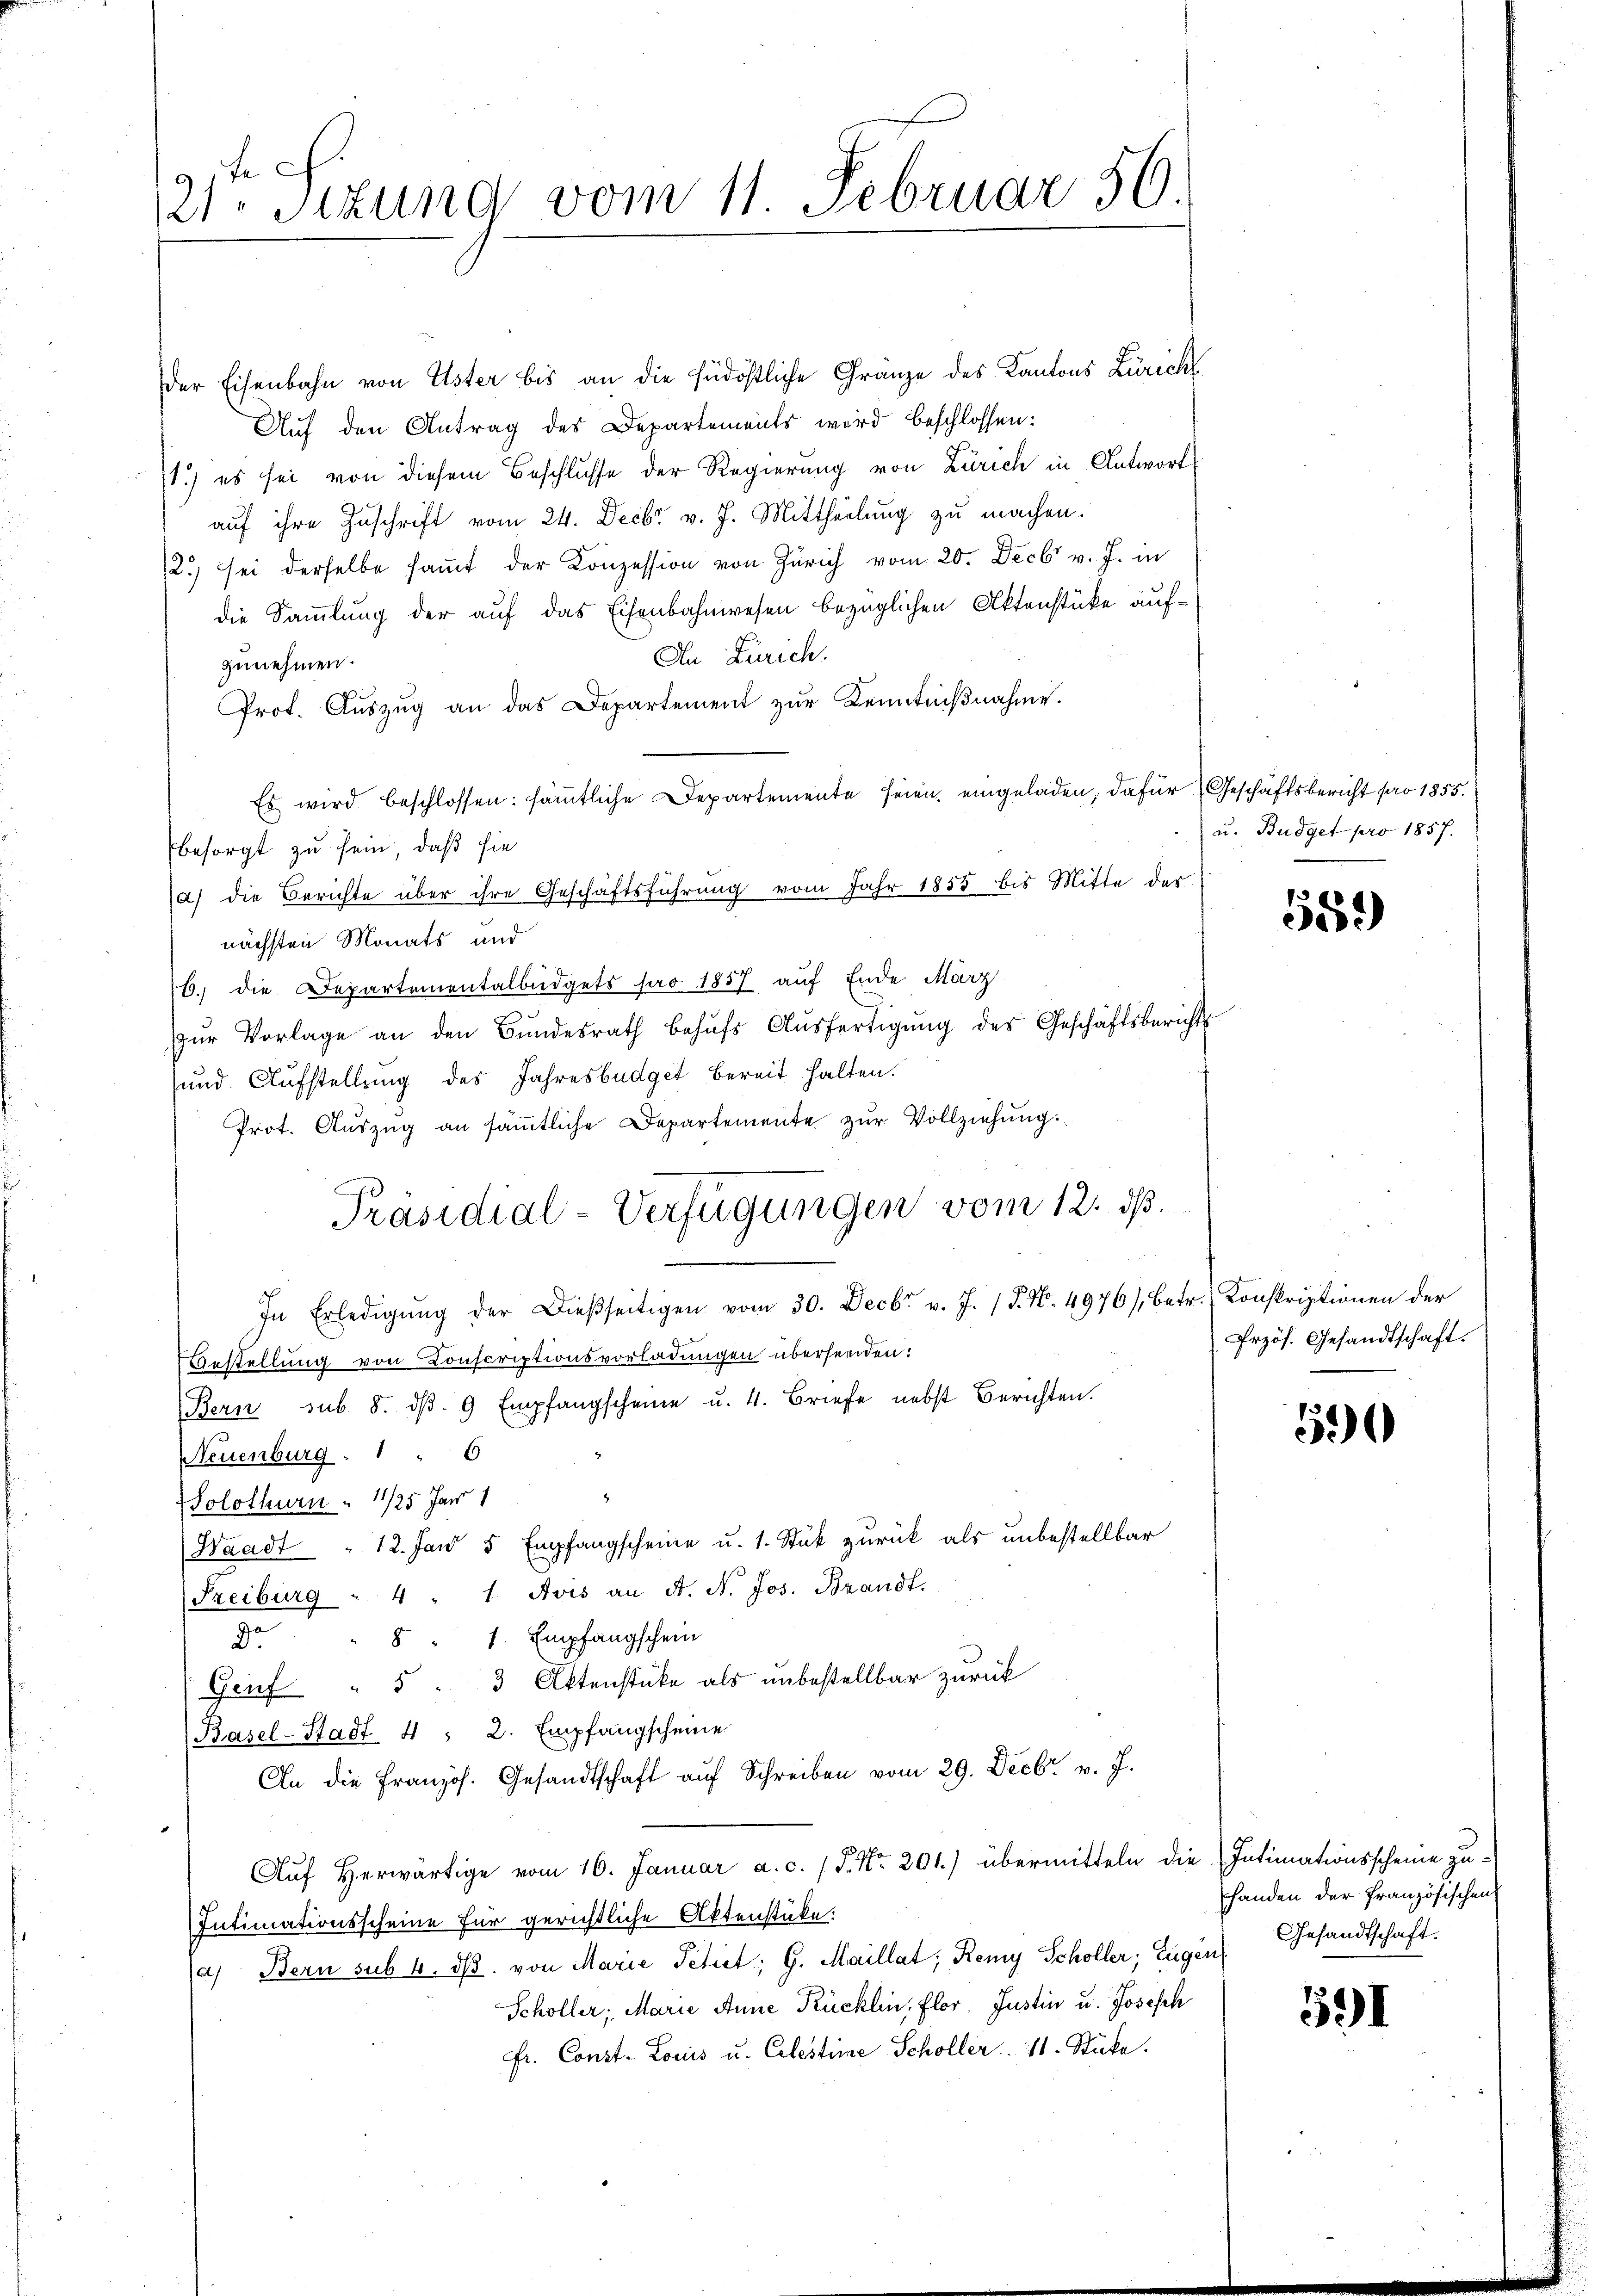
fe
21. Sitzung vom 11 Februar 56

der Eisenbahn von Uster bis an die südöstliche Franze des Kantons Zürich
Auf den Antrag des Departements wird beschlossen:
1.) es sei von diesem Beschlusse der Regierung von Zürich in Antwort
auf ihre Zuschrift vom 24. Decbr v. J. Mittheilung zu machen.
2.) sei derselbe saṁt der Konzession von Zürich vom 20. Decbr v. J. in
die Sammlung der auf das Eisenbahnwesen bezüglichen Aktenstücke auf¬
An Zürich.
zunehmen.
Prot. Aŭszŭg an das Departement zŭr Kenntniβnahme.
Es wird beschlossen: sämtliche Departemente seien eingeladen, dafür Geschäftsbericht pro 1855.
besorgt zu sein, daß sie
(a) die Berichte über ihre Geschäftsführung vom Jahr 1855 bis Mitte der
nächsten Monats und
6. die Departementalbüdgets pro 1857 auf Ende März
zŭr Vorlage an den Bŭndesrath behŭfs Aŭsfertigŭng des Geschäftsberichts
und Aufstellung des Jahresbüdget bereit halten.
Prot. Aŭszŭg an säṁtliche Departemente zŭr Vollziehŭng.
In Erledigŭng der dießseitigen vom 30. Decbr v. J. P. Nr. 4976/ betr. Konskriptionen der
Bestellung von Conscriptionsvorladungen übersenden:
Bern sub. 8. dβ. 9 Empfangscheine u. 4. Briefe nebst Berichten.
Neuenburg 1 " 6
Solothurn 11/25 Jahr 1
Waadt " 12. Jan 5 Empfangscheine u. 1. Stük zurück als unbestellbar
Freiburg " 4 " 1. Avis an A. A. Jos. Brandt.
Ja " 8 " 1. Empfangschein
Genf " 5 : 3 Aktenstücke als unbestellbar zurück
Basel-Stadt 4 " 2. Empfangscheine
An die französ. Gesandtschaft aŭf Schreiben vom 29. Decbr. v. J.
Auf herwärtige vom 16. Januar a. c. 15. No 201.) übermitteln die Intimationsscheine zu-
Intimationsscheine für gerichtliche Aktenstücke.
a) Bern sub 4. ds. von Marie Petiet; G. Maillat, Remy Schöller; Eugen
Schöller; Marie Anne Rücklin, Flor. Justin u. Joseph
fr. Const. Louis u. Celestime Schöller. 11. Stücke.

Präsidial-Verfügungen vom 12. ds.

u. Budget pro 1857.

55.)

Przös. Gesandtschaft.

500

Handen der Französischen
Gesandtschaft.

591